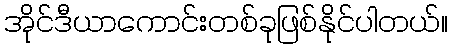
အိုင်ဒီယာကောင်းတစ်ခုဖြစ်နိုင်ပါတယ်။